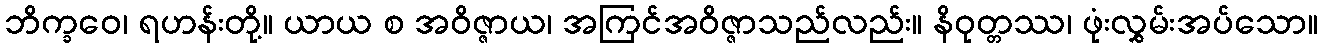
ဘိက္ခဝေ၊ ရဟန်းတို့။ ယာယ စ အဝိဇ္ဇာယ၊ အကြင်အဝိဇ္ဇာသည်လည်း။ နိဝုတ္တဿ၊ ဖုံးလွှမ်းအပ်သော။